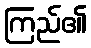
ကြည်၏